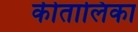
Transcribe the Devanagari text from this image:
कीतालिका